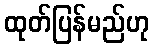
ထုတ်ပြန်မည်ဟု